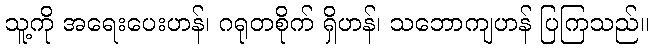
သူ့ကို အရေးပေးဟန်၊ ဂရုတစိုက် ရှိဟန်၊ သဘောကျဟန် ပြကြသည်။